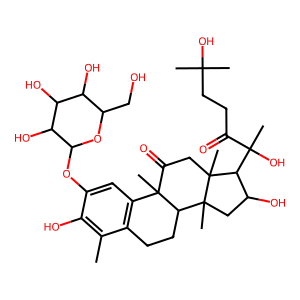
SMILES: Cc1c(O)c(OC2OC(CO)C(O)C(O)C2O)cc2c1CCC1C2(C)C(=O)CC2(C)C(C(C)(O)C(=O)CCC(C)(C)O)C(O)CC12C
Inhibits HIV replication: No